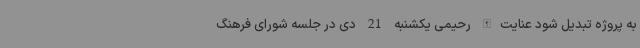
به پروژه تبدیل شود عنایت‌الله رحیمی یکشنبه 21 دی در جلسه شورای فرهنگ